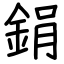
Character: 鋗